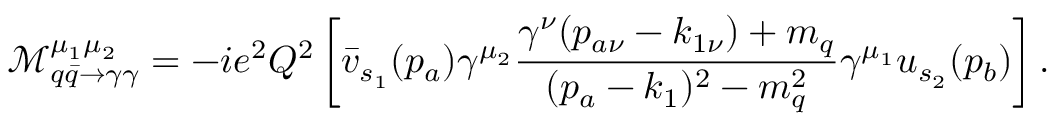
\mathcal { M } _ { q \bar { q } \rightarrow \gamma \gamma } ^ { \mu _ { 1 } \mu _ { 2 } } = - i e ^ { 2 } Q ^ { 2 } \left\lbrack \bar { v } _ { s _ { 1 } } ( p _ { a } ) \gamma ^ { \mu _ { 2 } } \frac { \gamma ^ { \nu } ( p _ { a \nu } - k _ { 1 \nu } ) + m _ { q } } { ( p _ { a } - k _ { 1 } ) ^ { 2 } - m _ { q } ^ { 2 } } \gamma ^ { \mu _ { 1 } } u _ { s _ { 2 } } ( p _ { b } ) \right\rbrack .